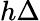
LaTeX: h\Delta